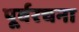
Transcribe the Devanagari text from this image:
पूर्वरचना